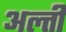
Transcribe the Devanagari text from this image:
अल्ती